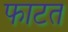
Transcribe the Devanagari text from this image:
फाटत